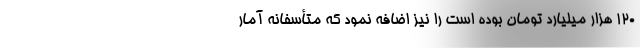
۱۲۰ هزار میلیارد تومان بوده است را نیز اضافه نمود که متأسفانه آمار